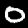
Digit: 0